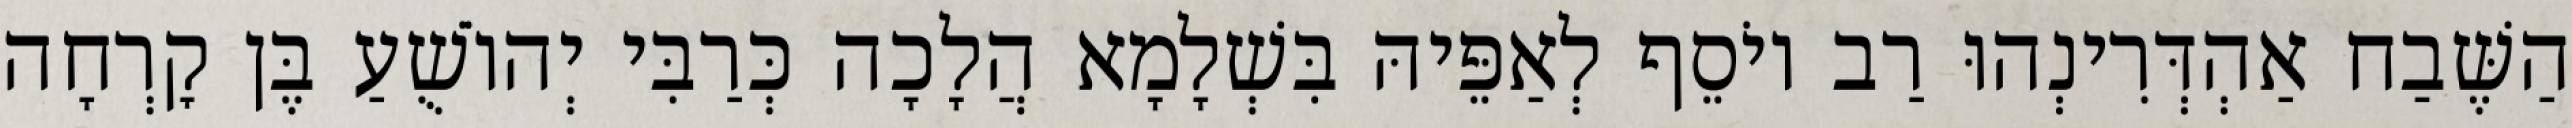
הַשֶּׁבַח אַהְדְּרִינְהוּ רַב יוֹסֵף לְאַפֵּיהּ בִּשְׁלָמָא הֲלָכָה כְּרַבִּי יְהוֹשֻׁעַ בֶּן קׇרְחָה